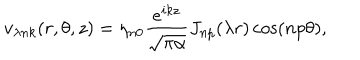
v _ { \lambda n k } ( r , \theta , z ) = \eta _ { n 0 } \frac { e ^ { i k z } } { \sqrt { \pi \alpha } } J _ { n p } ( \lambda r ) \cos ( n p \theta ) { , }